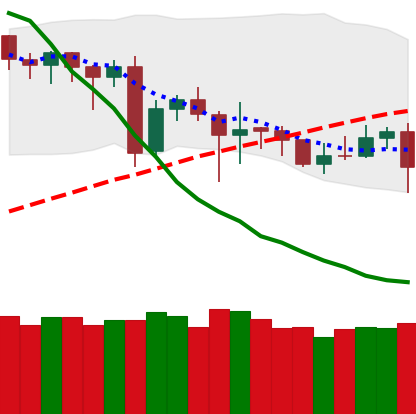
Ticker: DOGE-USD
Chart end date: 2020-06-24
Forward return: -4.815%
Label: down_3_5